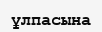
ұлпасына